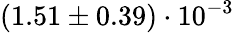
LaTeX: (1.51\pm 0.39)\cdot 10^{-3}